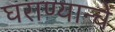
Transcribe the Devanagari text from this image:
घराण्यान्चे